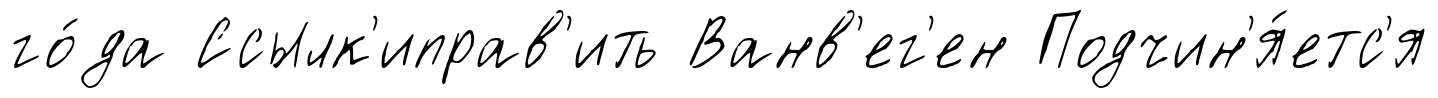
го́да Ссылк'иправ'ить Ванв'ег'ен Подчин'я́етс'я